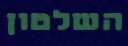
השלטון